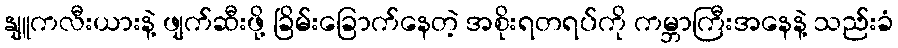
နျူကလီးယားနဲ့ ဖျက်ဆီးဖို့ ခြိမ်းခြောက်နေတဲ့ အစိုးရတရပ်ကို ကမ္ဘာကြီးအနေနဲ့ သည်းခံ